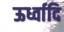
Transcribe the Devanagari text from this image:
ऊर्ध्वादि